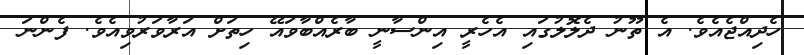
ހެދިއްޖެއެވެ. އެ ތޫނު ދެލޮލުގައި އެހެރީ އިންސާނީ ބާރެއްބާވައޭ ހިތަށް އަރާވަރުވިއެވެ. ފެންނަ